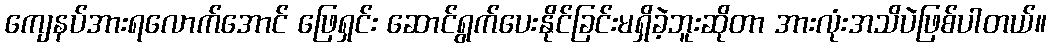
ကျေနပ်အားရလောက်အောင် ဖြေရှင်း ဆောင်ရွက်ပေးနိုင်ခြင်းမရှိခဲ့ဘူးဆိုတာ အားလုံးအသိပဲဖြစ်ပါတယ်။